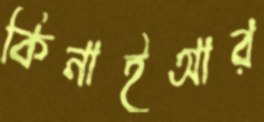
কিনাইআর